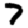
Digit: 7